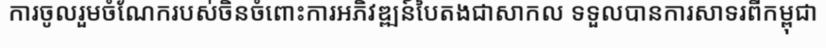
ការចូលរួមចំណែករបស់ចិនចំពោះការអភិវឌ្ឍន៍បៃតងជាសាកល ទទួលបានការសាទរពីកម្ពុជា